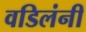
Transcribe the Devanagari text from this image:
वडिलंनी